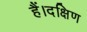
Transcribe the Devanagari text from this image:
हैं।दक्षिण